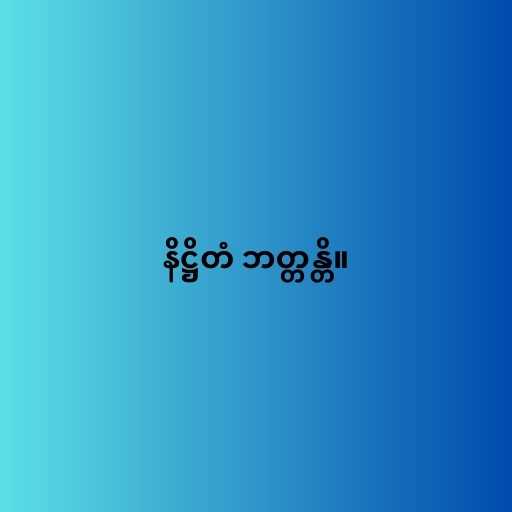
နိဋ္ဌိတံ ဘတ္တန္တိ။